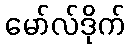
မော်လ်ဒိုက်